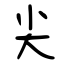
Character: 尖